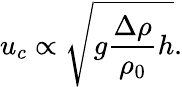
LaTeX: u_{c}\propto\sqrt{g\frac{\Delta\rho}{\rho_{0}}h}.